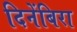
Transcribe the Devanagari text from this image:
दिनेंबिरा